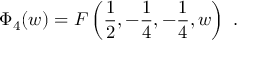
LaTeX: \Phi _ { 4 } ( w ) = F \left( \frac 1 2 , - \frac 1 4 , - \frac 1 4 , w \right) \ .